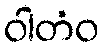
ဝါတံဝ